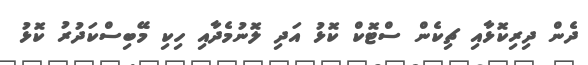
ދެން ދިރިކޮޅާއި ޗިކެން ސްޓޮކް ކޮޅު އަދި ލޮނުމެދާއި ހިކި މޭބިސްކަދުރު ކޮޅު